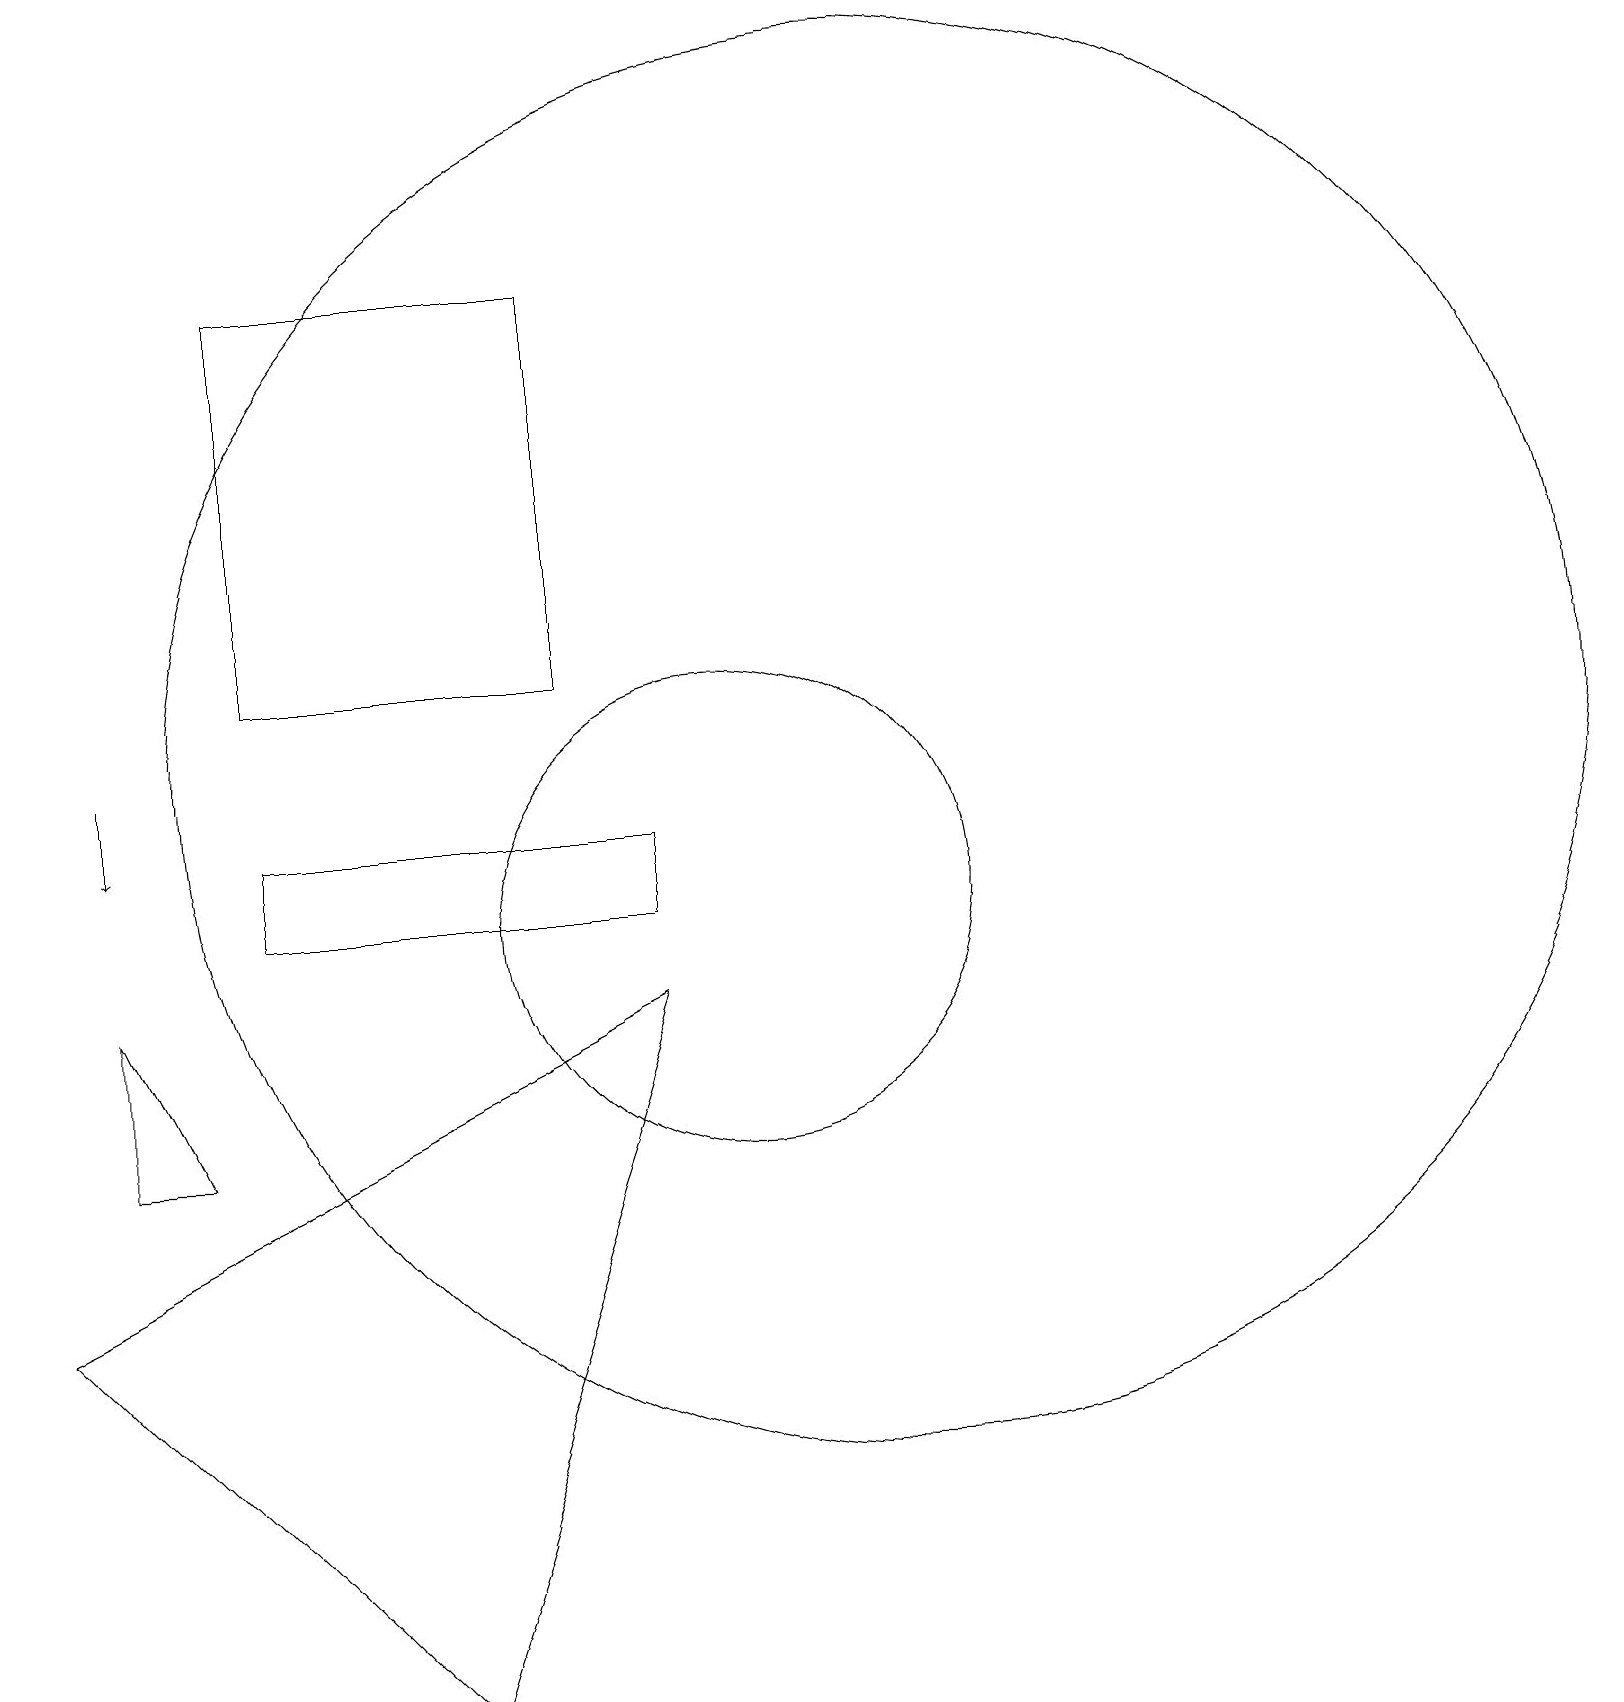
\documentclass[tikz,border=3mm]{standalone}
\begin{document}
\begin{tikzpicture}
\draw (1,5) -- (9,9) -- (6,0) -- cycle;
\draw (2,7) -- (2,9) -- (3,7) -- cycle;
\draw[->] (2,12) -- (2,11);
\draw (4,11) rectangle (9,10);
\draw (8,13) rectangle (4,18);
\draw (12,12) circle (9);
\draw (10,10) circle (3);
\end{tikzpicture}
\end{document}